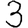
Digit: 3